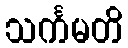
သင်္ကမတိ